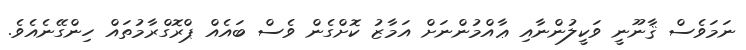
ނަމަވެސް ޤާނޫނީ ވަކީލުންނާއި ޢާއްމުންނަށް އަމާޒު ކޮށްގެން ވެސް ބައެއް ޕްރޮގްރާމުތައް ހިންގޭނެއެވެ.